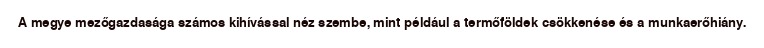
A megye mezőgazdasága számos kihívással néz szembe, mint például a termőföldek csökkenése és a munkaerőhiány.